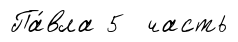
Па́вла 5 часть